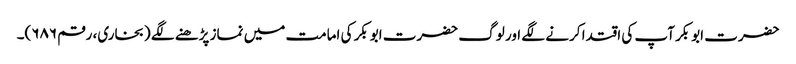
حضرت ابوبکر آپ کی اقتدا کرنے لگے اور لوگ حضرت ابوبکر کی امامت میں نماز پڑھنے لگے (بخاری، رقم ۶۸۶)۔